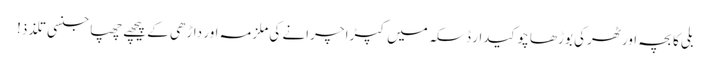
بلی کا بچہ اور ٹھرکی بوڑھا چوکیدار	ڈسکہ میں کپڑا چرانے کی ملزمہ اور داڑھی کے پیچھے چھپا جنسی تلذذ!